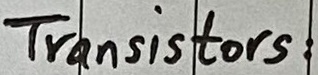
Text: Transistors: